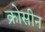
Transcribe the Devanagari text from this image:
क्रोसीन